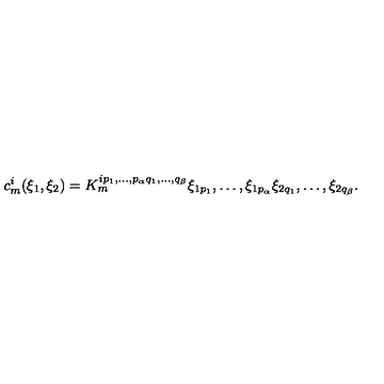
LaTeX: c _ { m } ^ { i } ( \xi _ { 1 } , \xi _ { 2 } ) = K _ { m } ^ { i p _ { 1 } , \ldots , p _ { \alpha } q _ { 1 } , \ldots , q _ { \beta } } \xi _ { 1 p _ { 1 } } , \ldots , \xi _ { 1 p _ { \alpha } } \xi _ { 2 q _ { 1 } } , \ldots , \xi _ { 2 q _ { \beta } } .